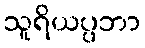
သူရိယပ္ပဘာ